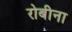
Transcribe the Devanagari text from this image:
रोबीना